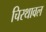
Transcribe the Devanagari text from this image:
चिरथावल